Bréfritari: Þórarinn Stefánsson
Dagsetning: A-1925-12-02
Skrifað á: Vesturheimi

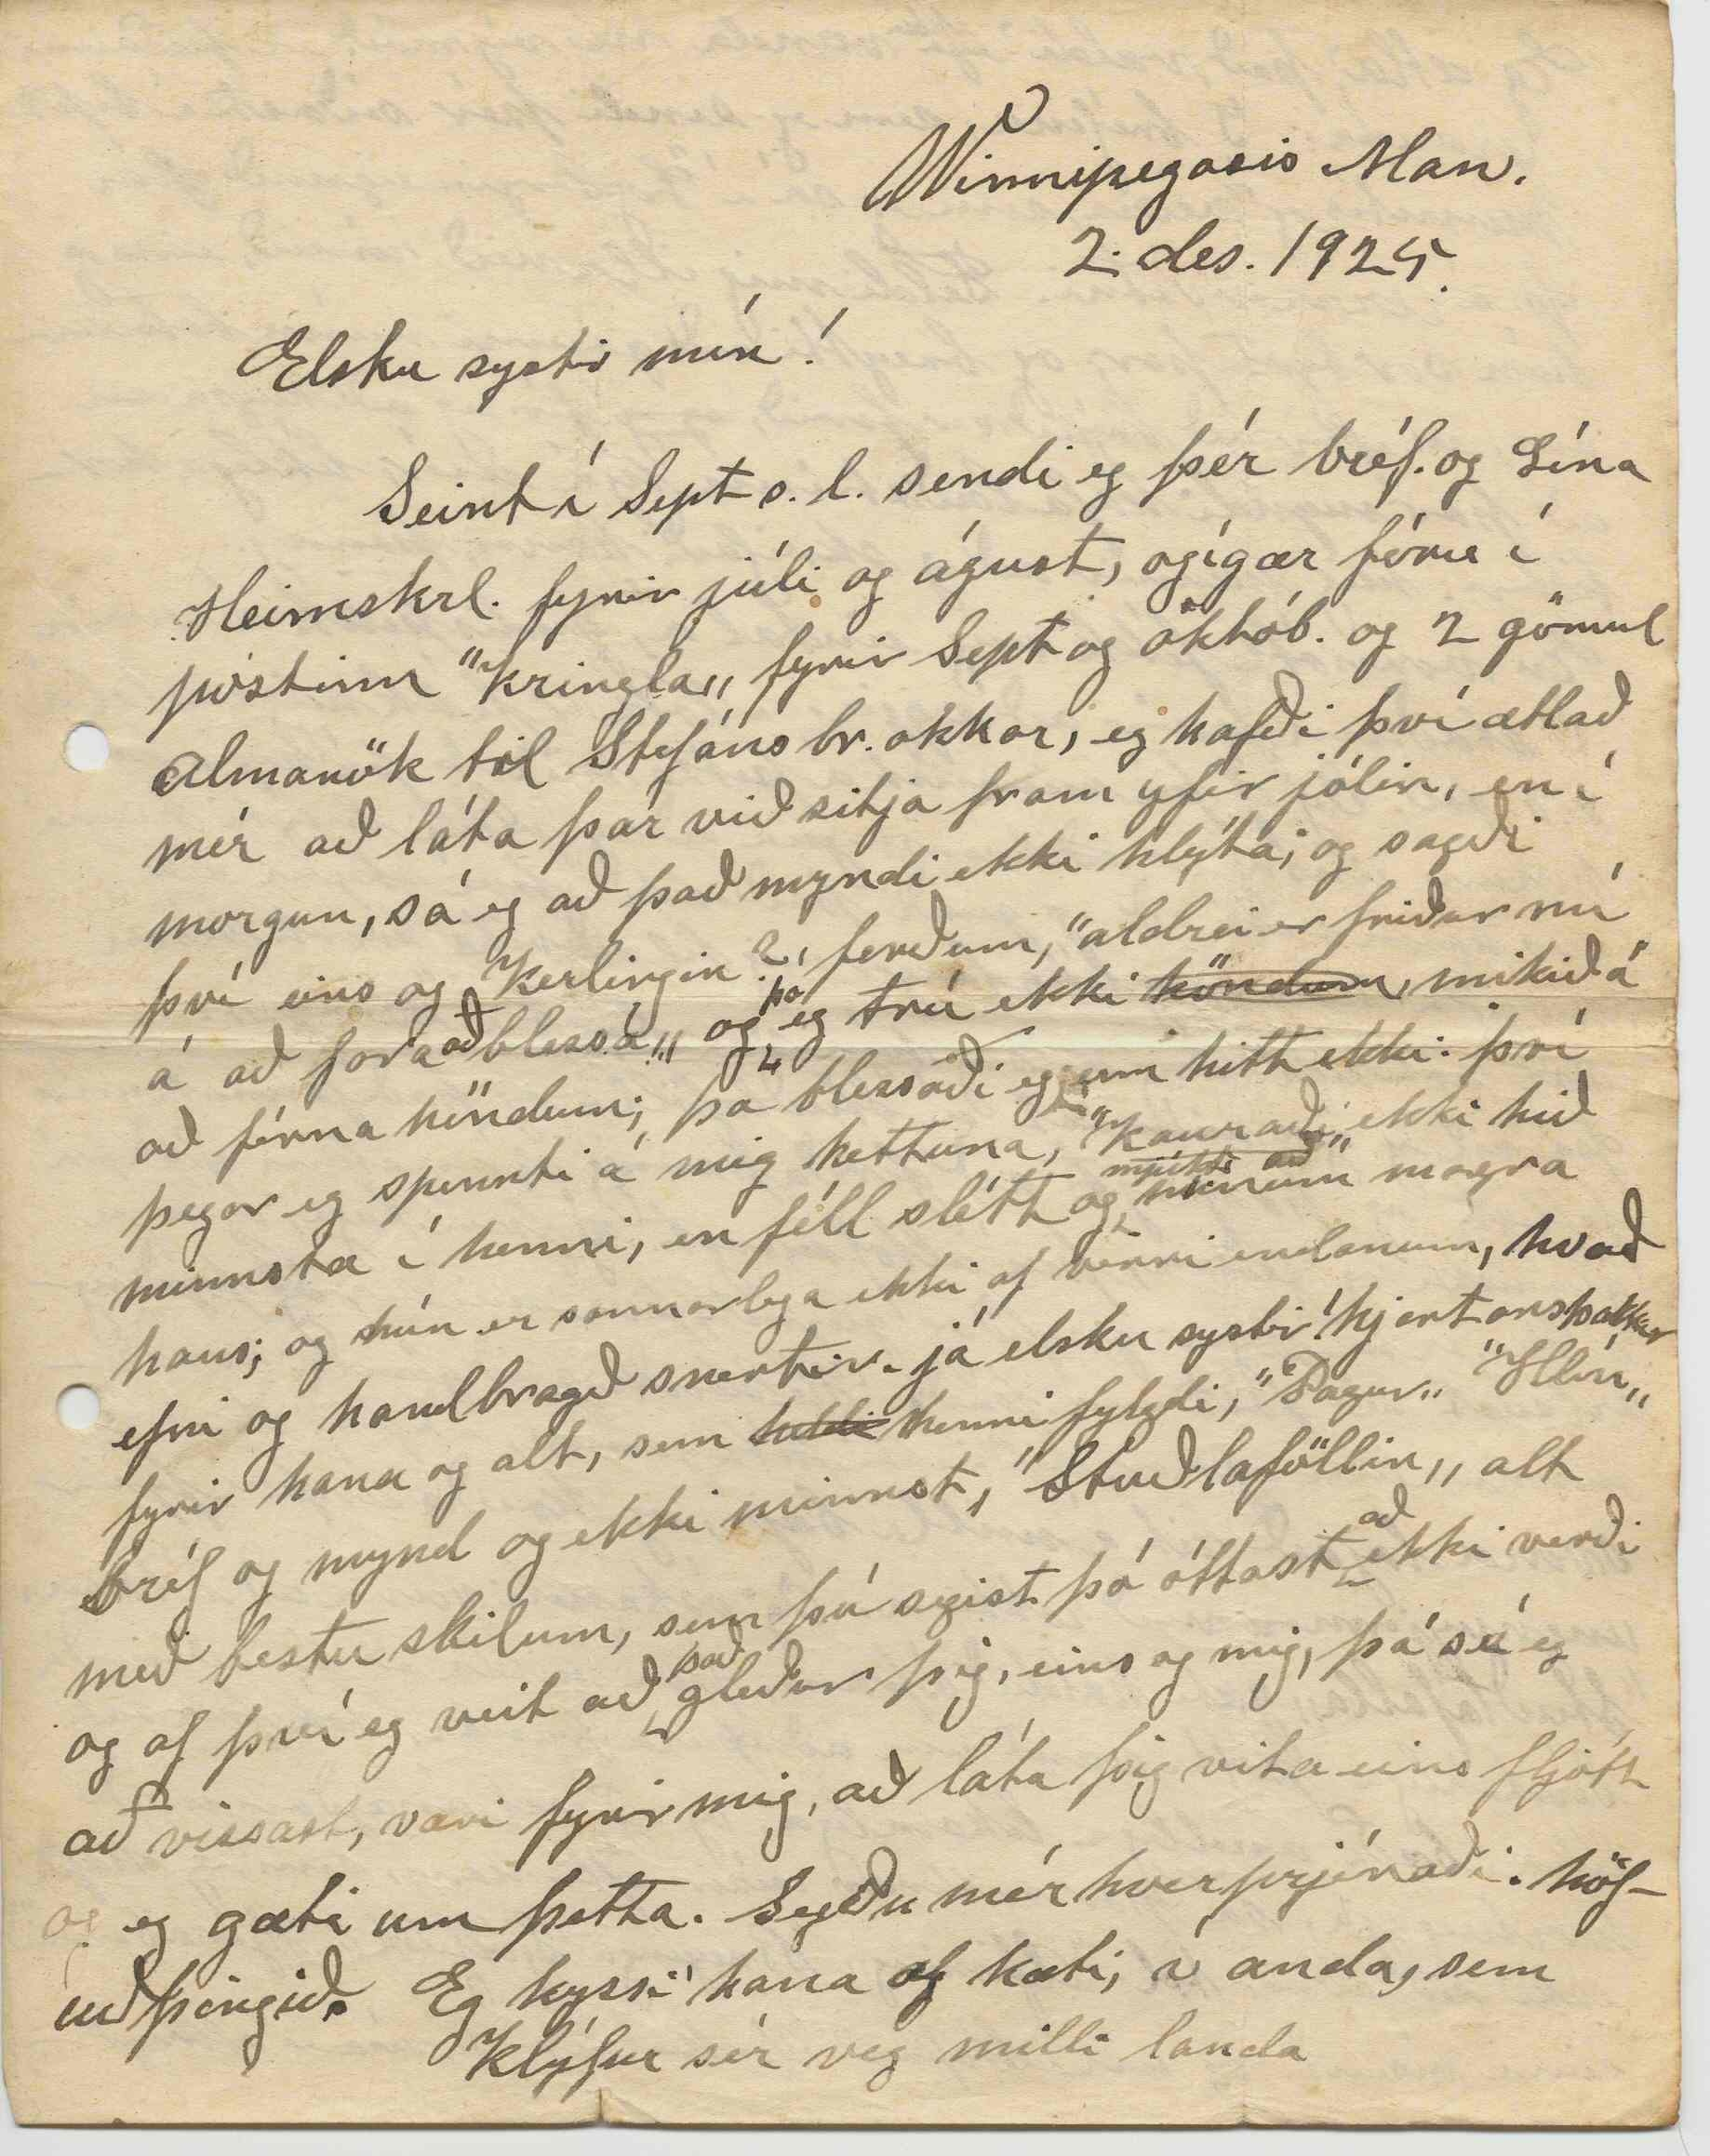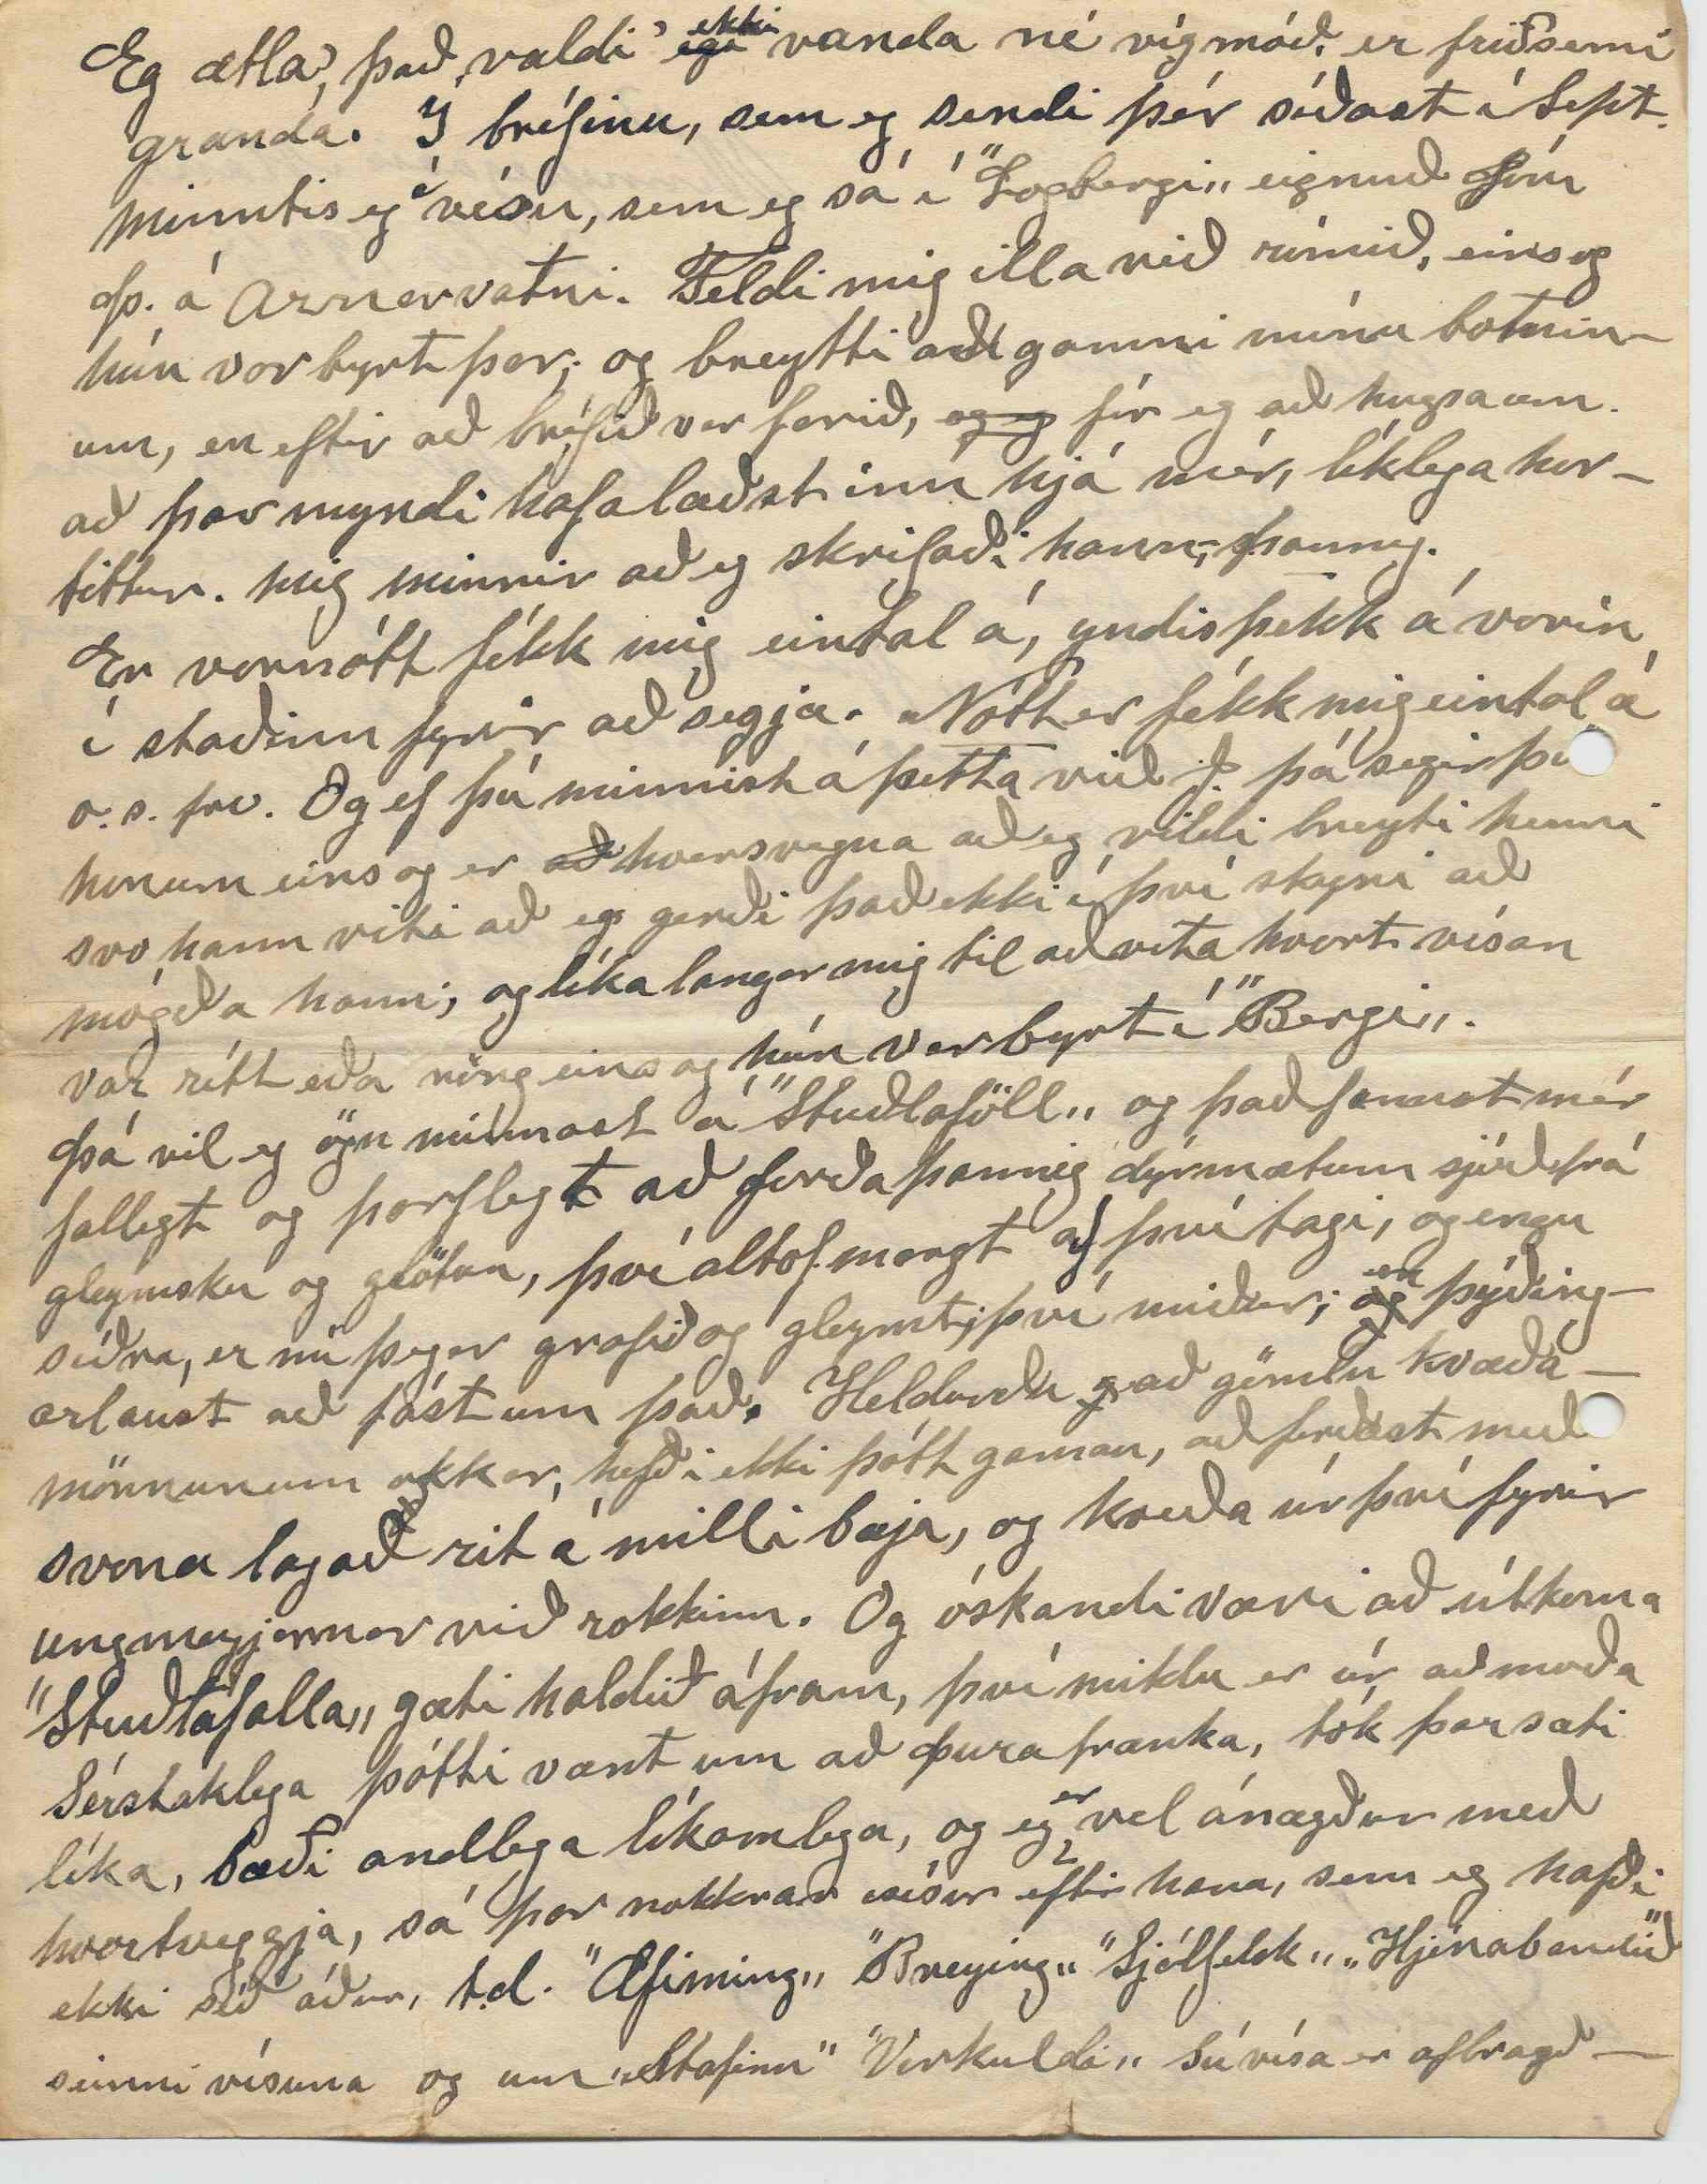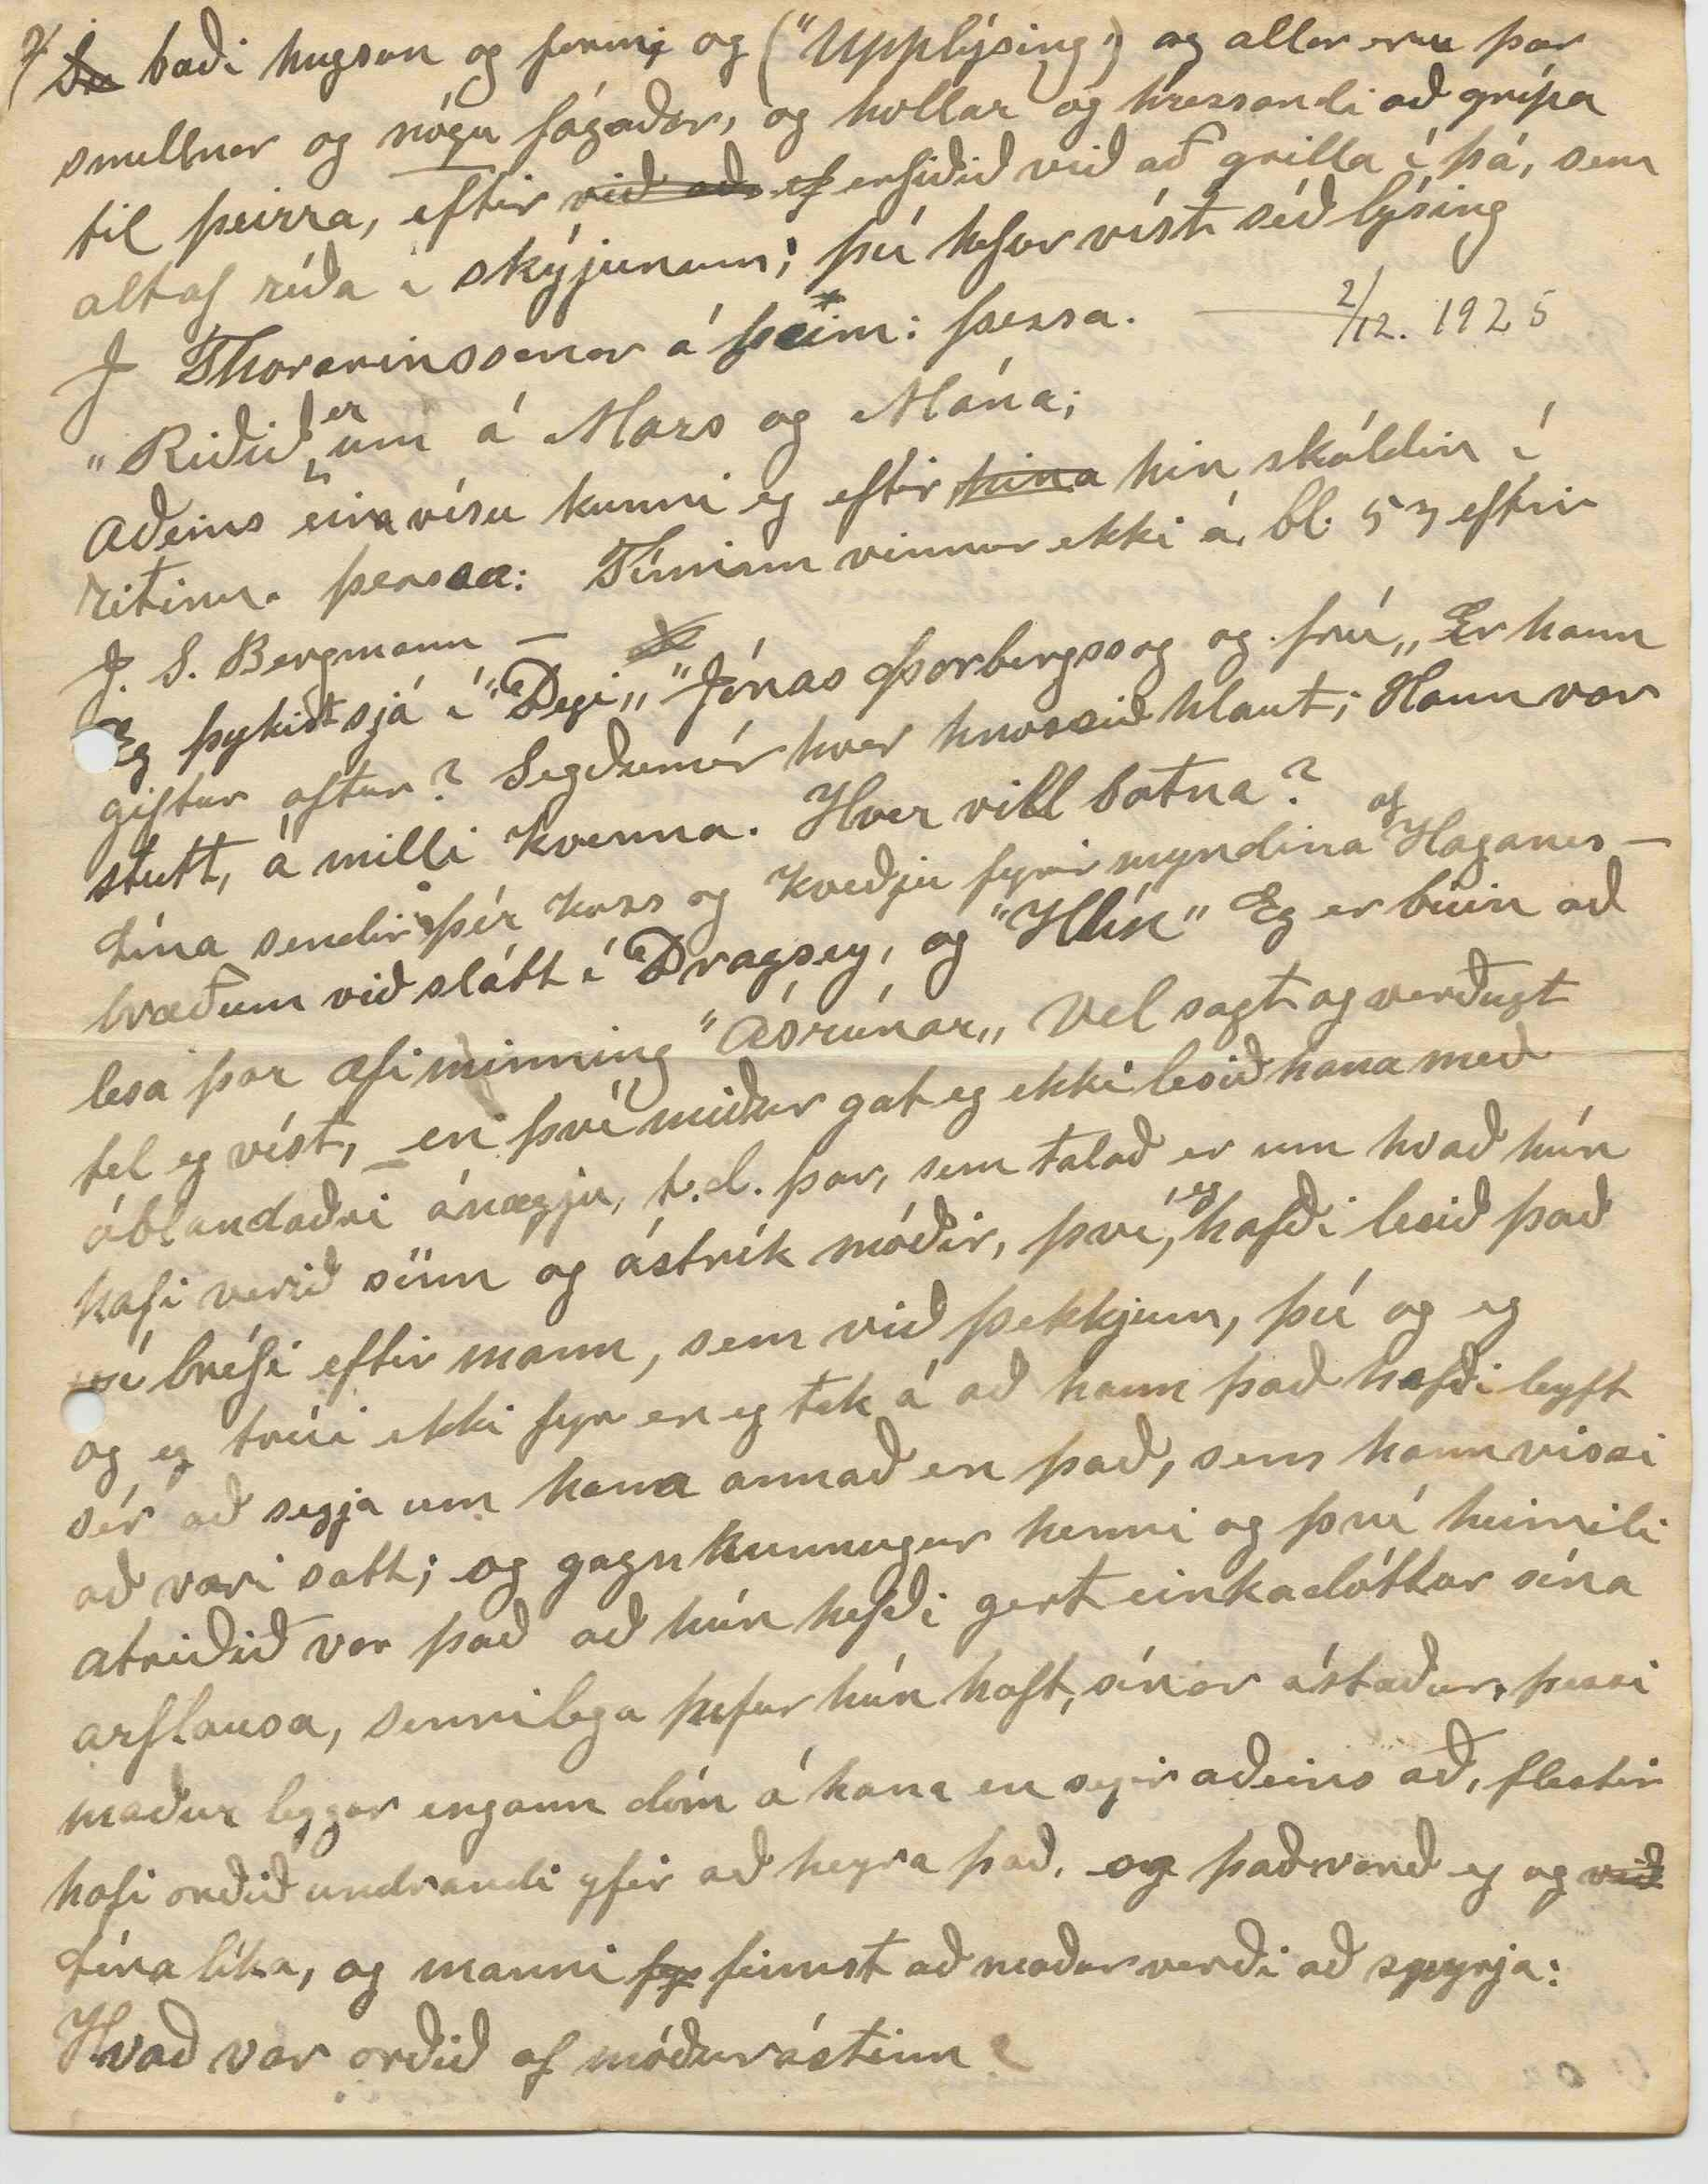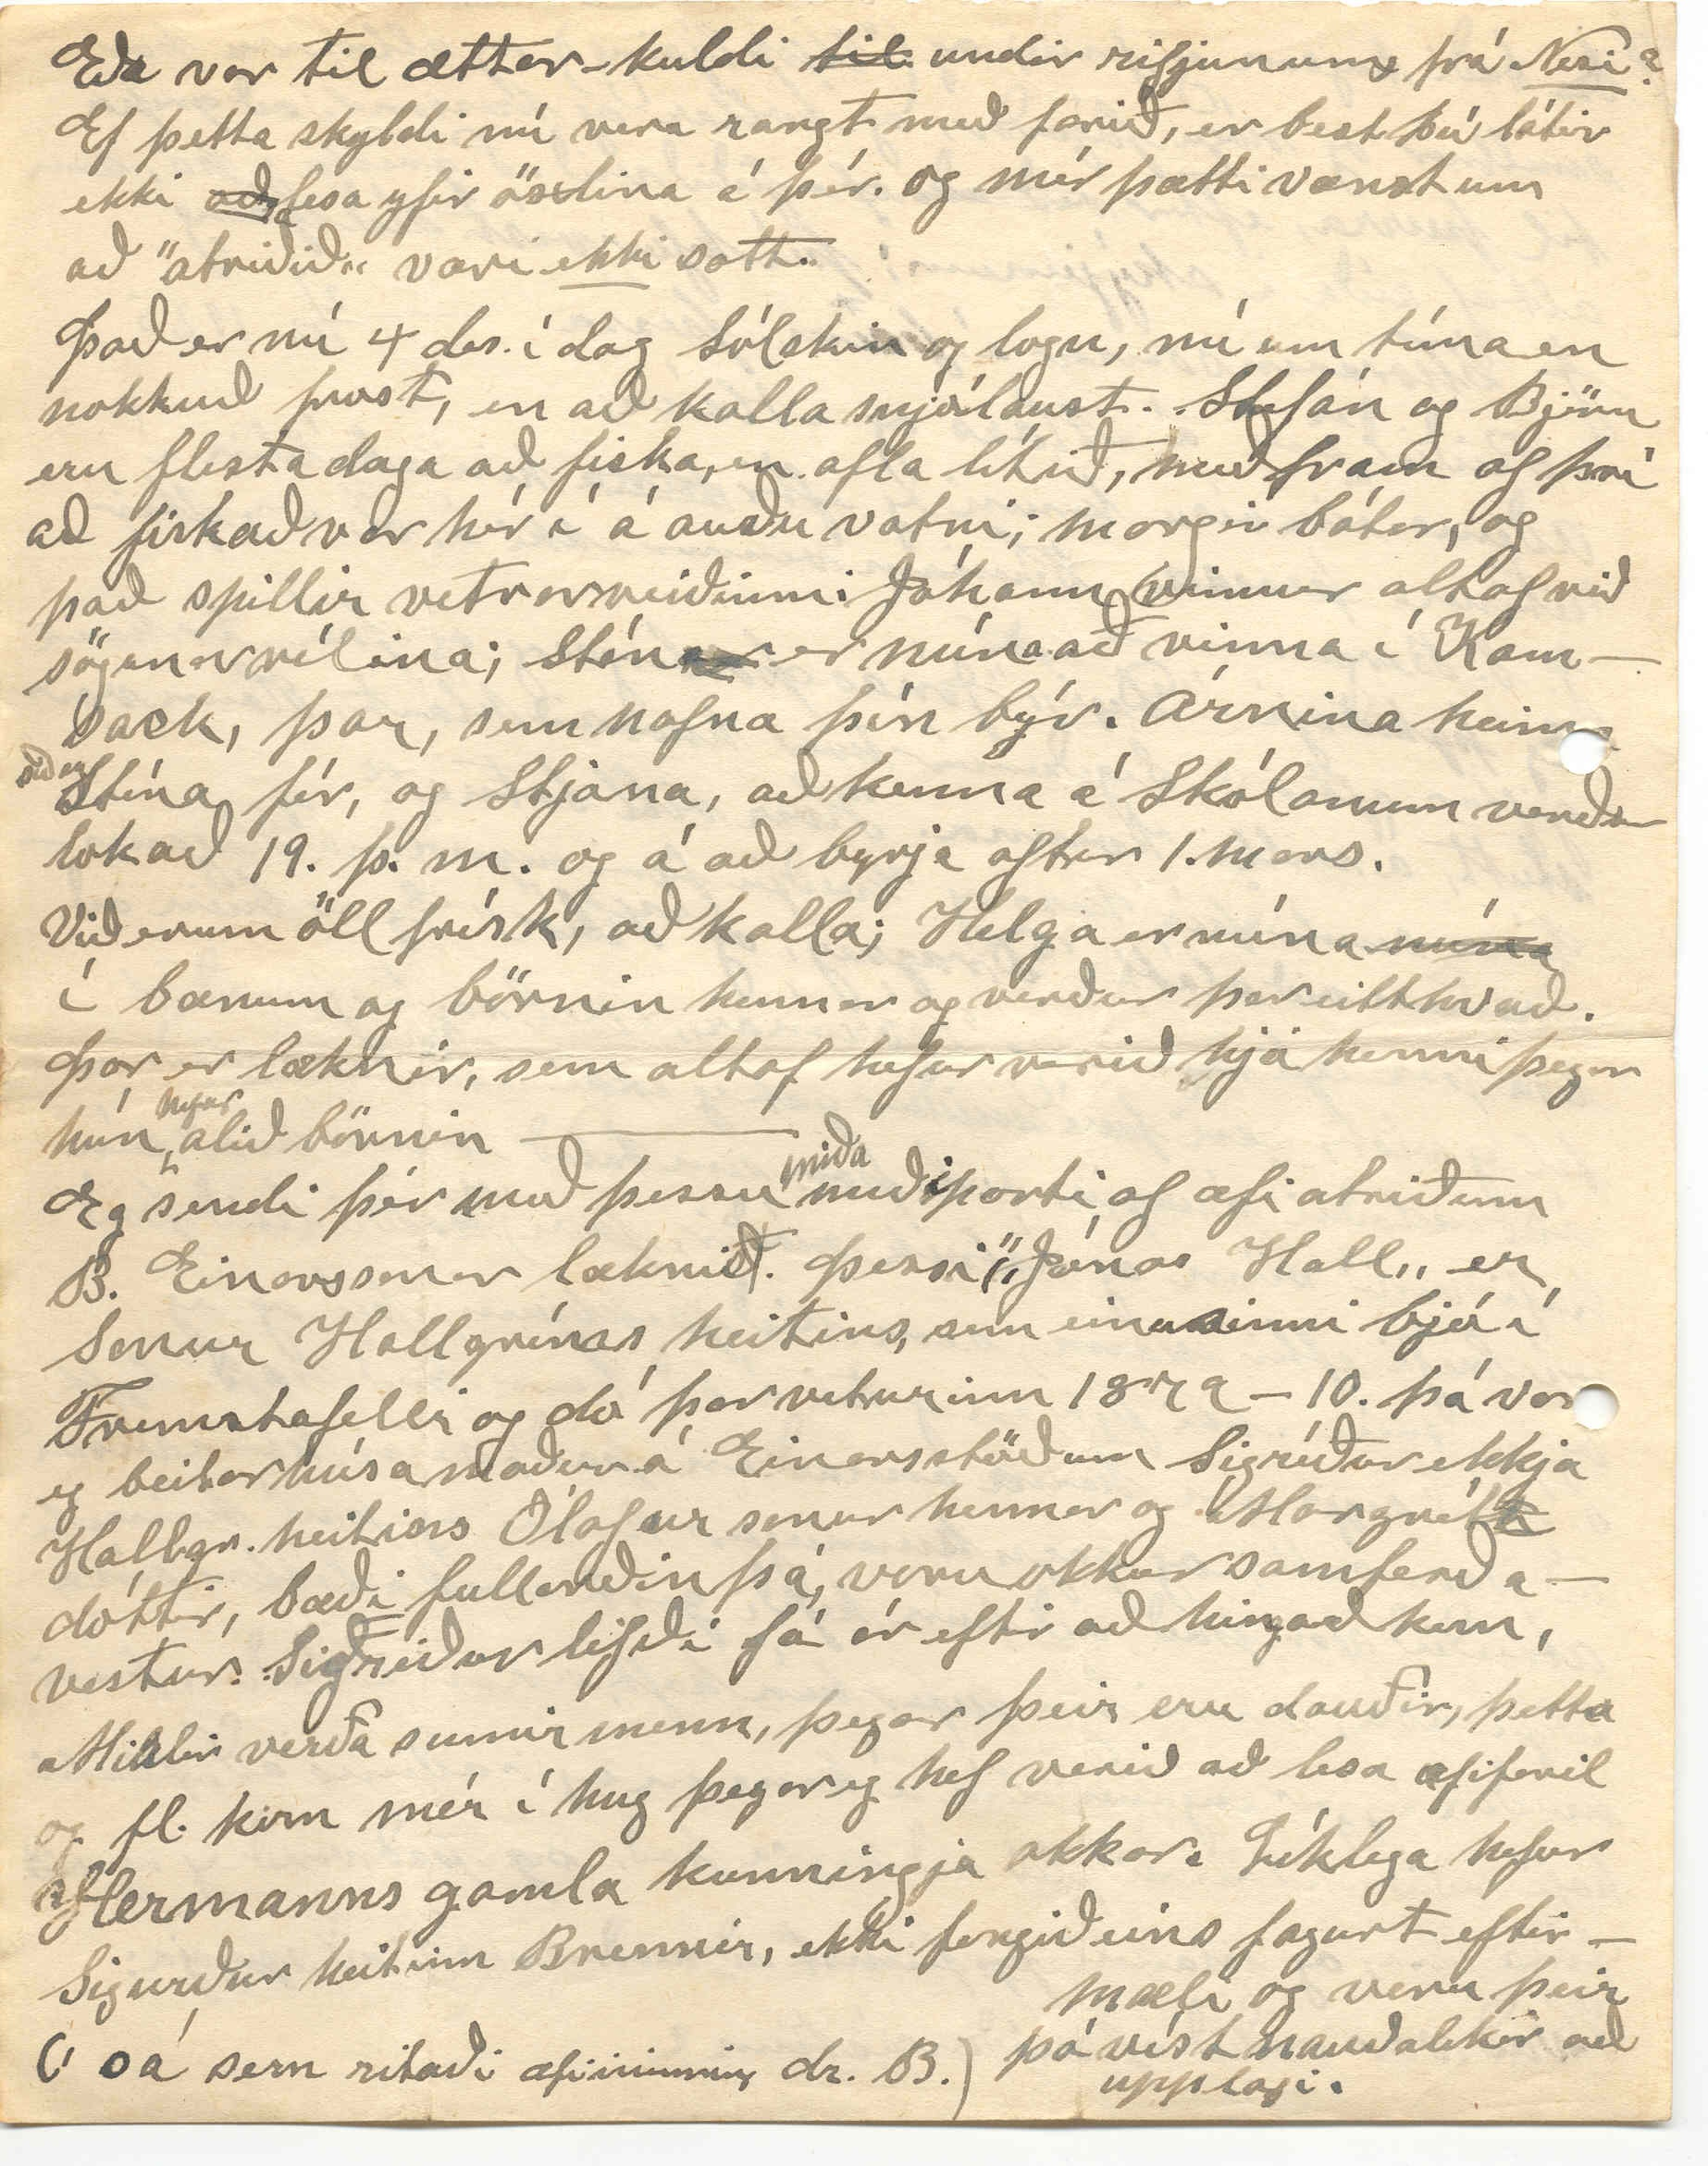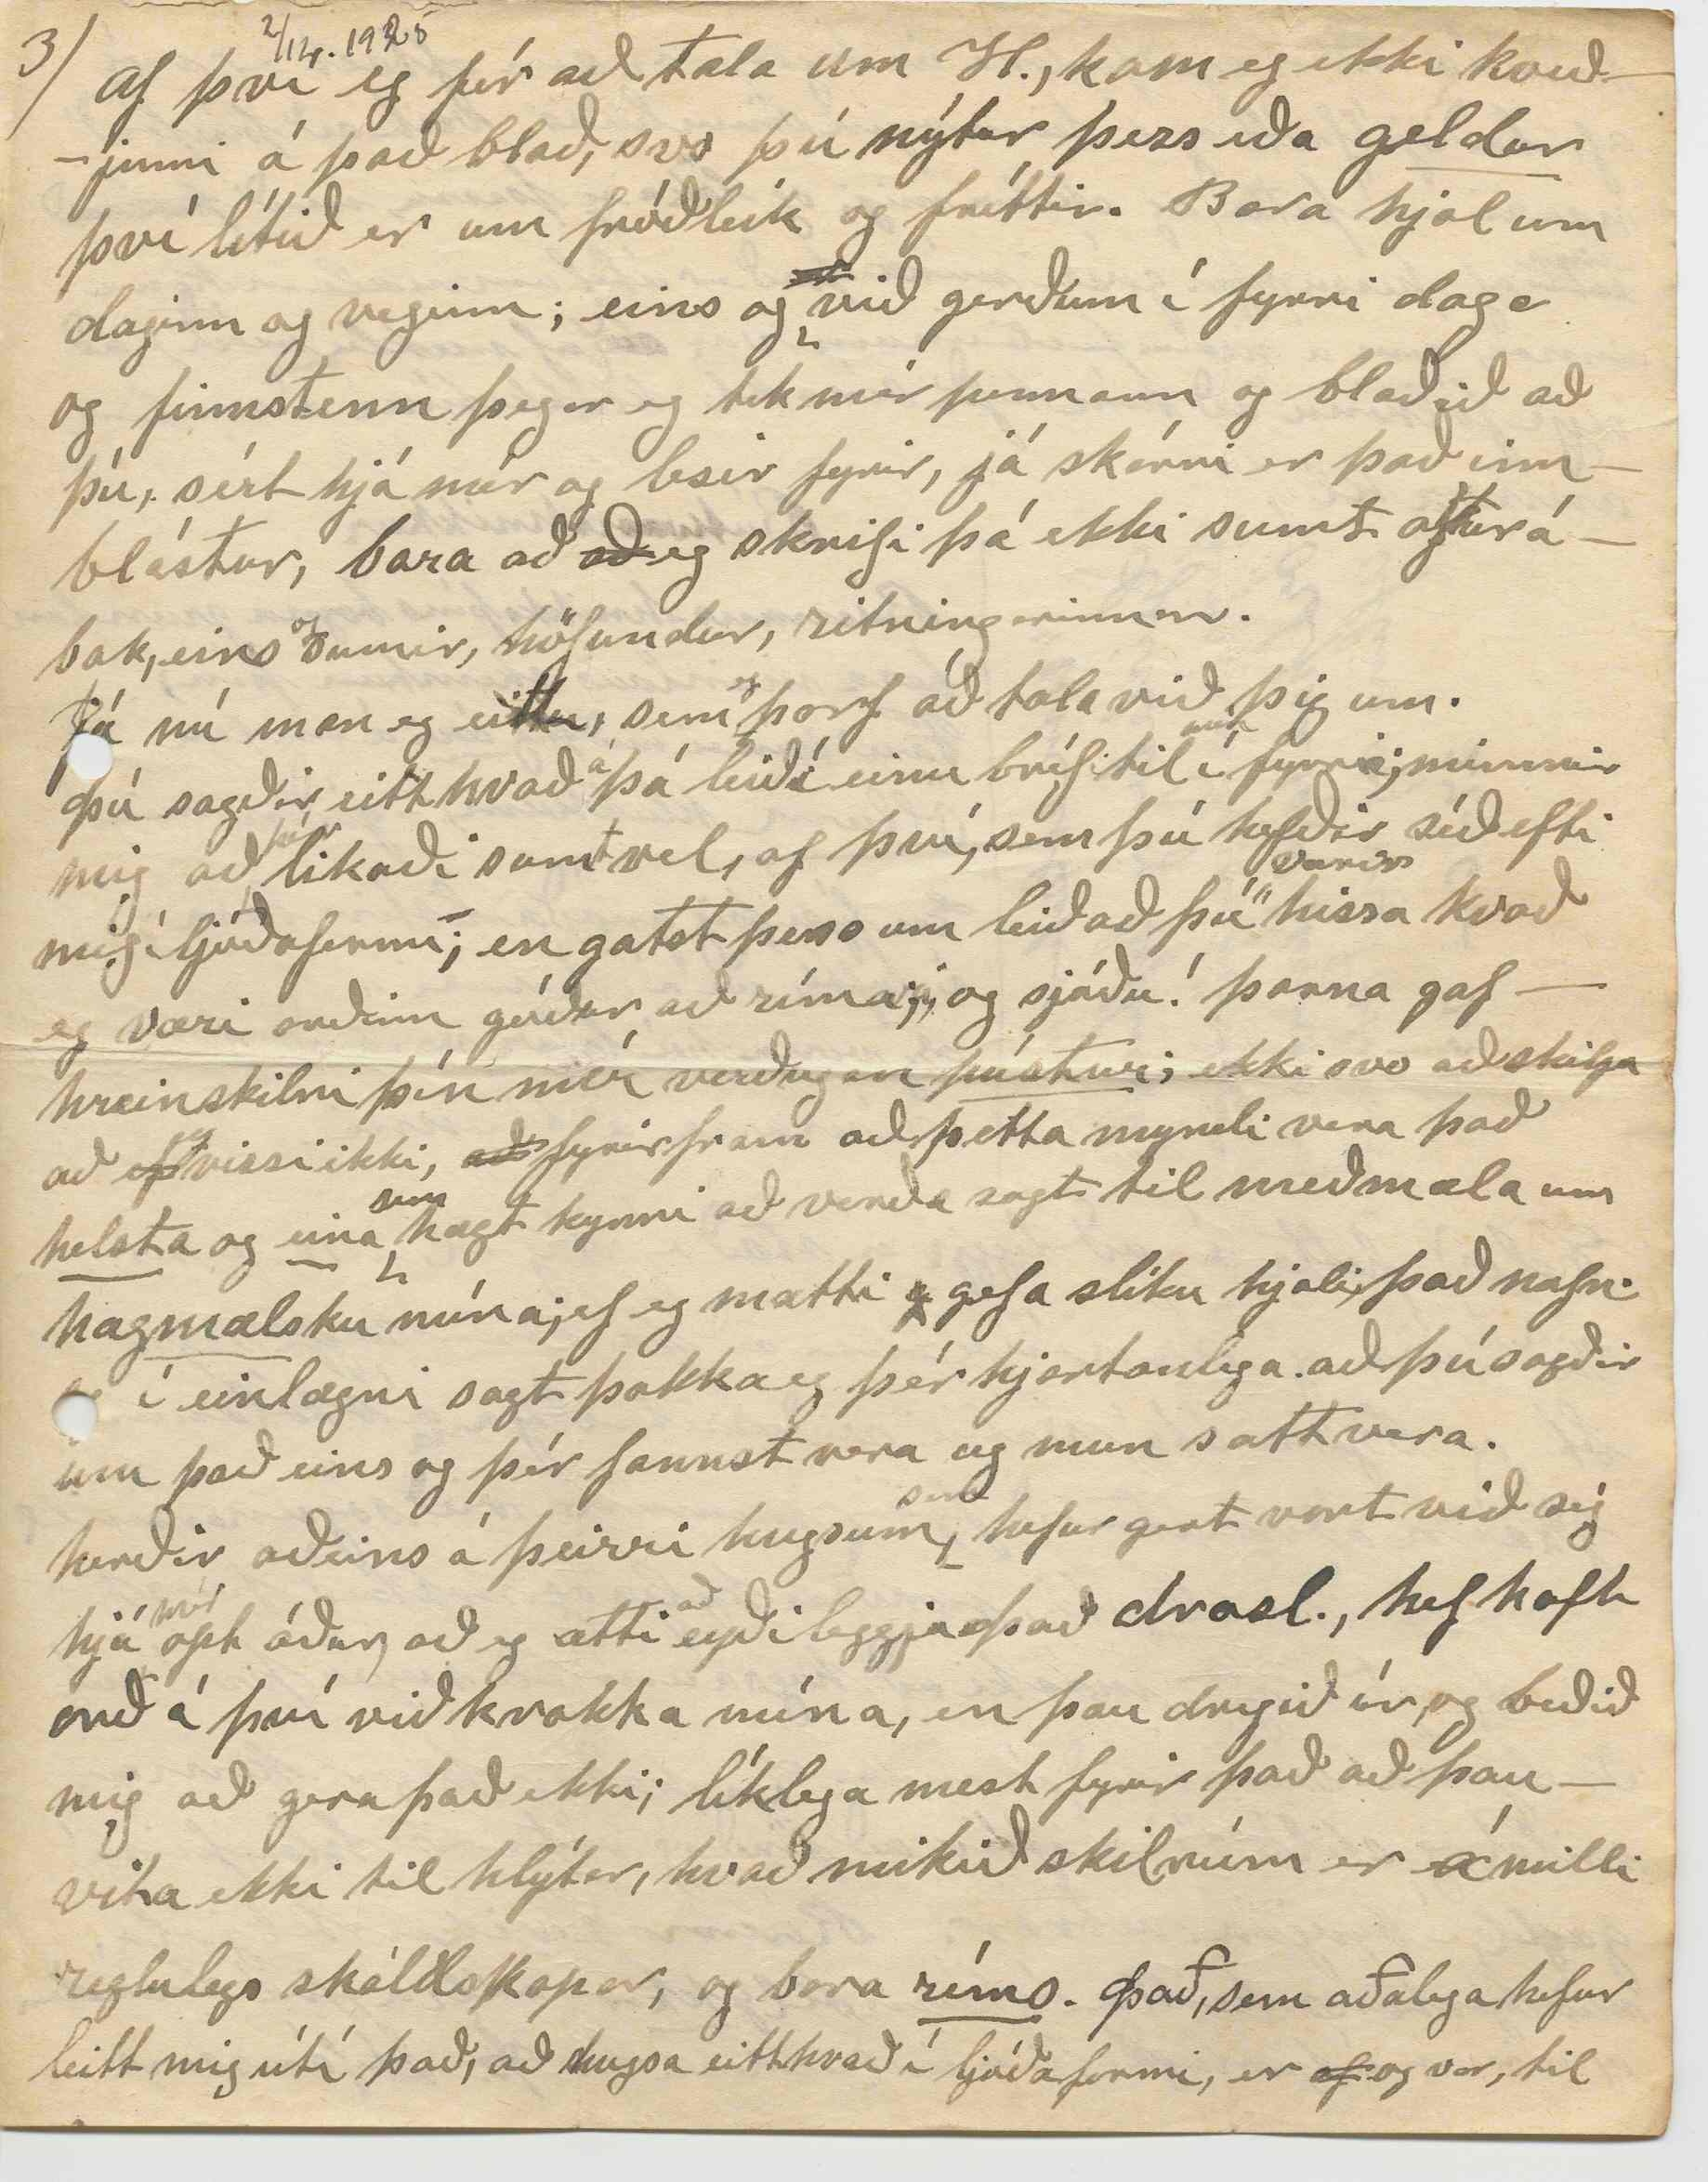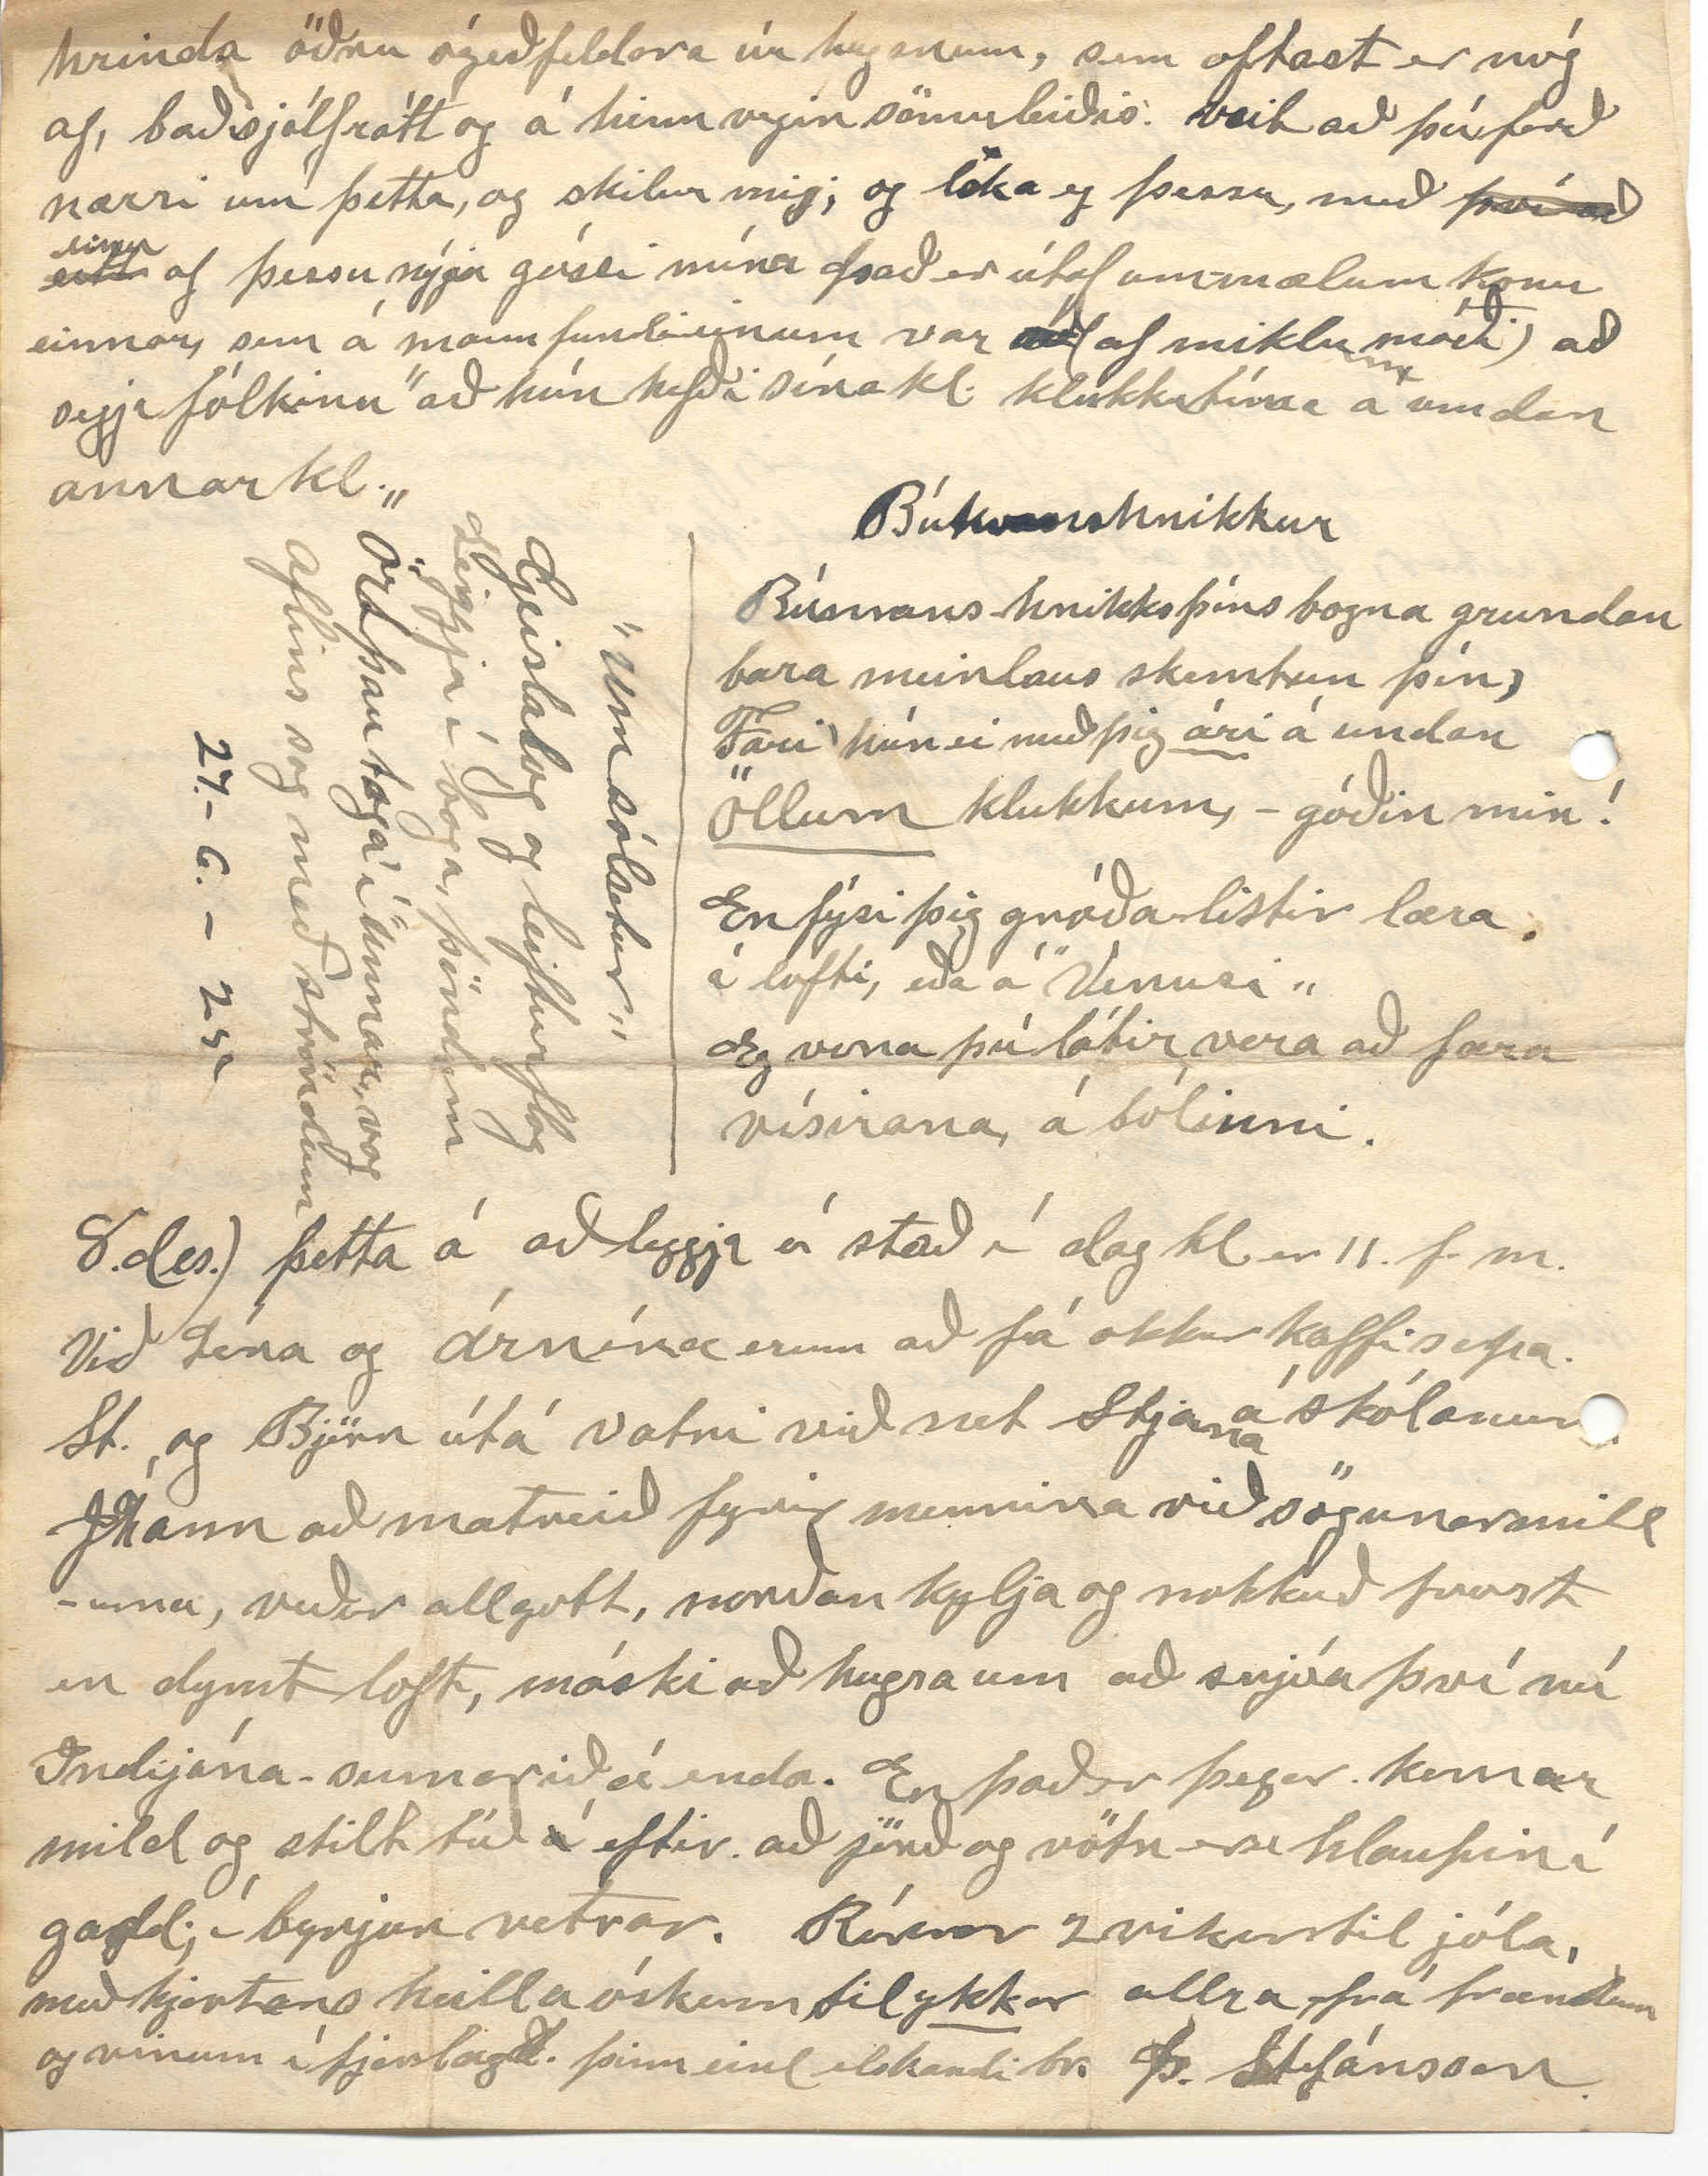

Winnipegosis Man.
2. des. 1925.
Elsku systir mín!
Seint í Sept s.l. sendi eg þér bréf. og Lína Heimskrl. fyrir júli og águst, og í gær fóru í póstinn ”kringla„ fyrir Sept og októb. og 2 gömul Almanök til Stefáns br. okkar, eg hafði því ætlað mér að láta þar við sitja fram yfir jólin, en í morgun, sá eg að það myndi ekki hlýta; og sagði því eins og kerlingin? forðum, ”aldrei er friður nú á að fara að blessa„ og
þó
eg trú ekki
höndum
mikið á að fórna höndum; þá blessaði eg enn hitt ekki. því þegar eg spennti á mig hettuna,
”kauraði„
ekki hið minnsta í henni, en féll slétt og
mjúkt að
hinum
magra haus; og hún er sannarlega ekki af verri endanum, hvað efni og handbragð snertir. já elsku systir! hjartans þakkir fyrir hana og alt, sem
heldi
henni fylgdi, ”Dagur„ ”Hlín„ bréf og mynd og ekki minnst, ”Stuðlaföllin„ alt með bestu skilum, sem þú segist þó óttast
að
ekki verði og af því eg veit að
það
gleður þig, eins og mig, þá sé eg að vissast, væri fyrir mig, að láta þig vita eins fljótt og eg gæti um þetta. Segðu mér hver prjónaði. höfuðþingið. Eg kyssi hana af kæti; í anda, sem klýfur sér veg milli landa
Eg ætla það valdi
eg
ekki vanda né vígmóð, er friðsemi granda. Í bréfinu, sem eg sendi þér síðast í Sept. minntis eg
á
vísu, sem eg sá í ”Logbergi„ eignuð
Jóni
Þ. á Arnarvatni. Feldi mig illa við rímið, eins og hún var byrt þar; og breytti að gamni mínu botninum, en eftir að bréfið var farið,
og eg
fór eg að hugsa um að þar myndi hafa læðst inn hjá mér, líklega hortittur. mig minnir að eg skrifaði hann, þannig. Er vornótt fékk mig eintal á, yndisþekk á vorin í staðinn fyrir að segja. Nótt er fékk mig eintal á o.s.frv. Og ef þú minnist á þetta við J. þá segir þú honum eins og er
að
hvers vegna að eg vildi breyti henni svo hann viti að eg gerði það ekki í því skyni að mógða hann; og líka langar mig til að vita hvort vísan var rétt eða röng eins og hún var byrt í ”Bergi„. Þá vil eg ögn minnast á ”Stuðlaföll„ og það fannst mér fallegt og þarflegt að forða þannig dýrmætum sjóð frá gleymsku og glötun, því altof margt af því tagi, og engu síðra, er nú þegar grafið og gleymt; því miður;
og
en þýðingarlaust að fást um það. Heldurðu
g
að gömlu kvæðamönnunum okkar, hefði ekki þótt gaman, að ferðast með svona lagað rit á milli bæja, og kveða úr því fyrir ungmeyjarnar við rokkinn. Og óskandi væri að útkoma ”Stuðlafalla„ gæti haldið áfram, því miklu er úr að moða Sérstaklega þótti vænt um að Þura frænka, tók þar sæti líka, bæði andlega líkamlega, og eg
er
vel ánægður með hvortveggja, sá þar nokkrar vísur eftir hana, sem eg hafði ekki séð áður, t.d. ”Æfiming„ ”Breying„
”Sjálftok„
”Hjónabandið„ seinni vísuna og um ”Stafinn„ ”Vorkuldi„ Sú vísa er afbragð
S0
bæði hugsun og form; og (”Upplýsing„) og allar eru þær smellnar og
nógu
fágaðar, og hollar og hressandi að grípa til þeirra, eftir
við að ef
erfiðið við að grilla í þá, sem altaf ríða í skýjunum; þú hefur víst séð lýsing J Thorarinssonar á þeim: þessa;
”Riðið„
er
um á Mars og Mána;
Aðeins eina vísu kunni eg eftir
hina
hin skáldin í ritinu. þerssa: Tíminn vinnur ekki á bl. 53 eftir J. S. Bergmann -
Eg þykist sjá í ”Degi„ ”Jónas Þorbergssog og frú„ Er hann giftur aftur? Segðu mér hver hnossið hlaut; Hann var stutt, á milli kvenna. Hver vill botna?
Lína sendir þér koss og kveðju fyrir myndina
af
Haganesbræðum við slátt í Dragsey, og ”Hlín„ Eg er búin að lesa þar æfiminning ”Ásrúnar„ vel sagt og verðugt tel eg víst, en því miður gat eg ekki lesið hana með óblandaðri ánægju, t.d. þar, sem talað er um hvað hún hafi verið sönn og ástrík móðir, því,
eg
hafði lesið það í bréfi eftir mann, sem við þekkjum, þú og eg og eg trúi ekki fyr en eg tek á að hann það hafði leyft sér að segja um hana annað en það, sem hann vissi að væri satt; og gagnkunnugur henni og því heimili atriðið var það að hún hefði gert einkadóttur sína arflausa, sennilega hefur hún haft, sínar ástæður, þessi maður leggur engann dóm á hana en segir aðeins að, flestir hafi orðið undrandi yfir að heyra það, og það verð eg og
við
Lína líka, og manni
fy
finnst að maður verði að spyrja: Hvað var orðið af móðurástinn?
Eða var til ættar-kuldi
til
undir rifjunum frá
Nesi
? Ef þetta skyldi nú vera rangt með farið, er best þú látir ekki
að
lesa yfir öxlina á þér. og mér þætti vænst um að ”atriðið„ væri
ekki
satt.
Það er nú 4 des. í dag Sólskin og logn, nú um tíma en nokkuð frost, en að kalla snjólaust. Stefán og Björn eru flesta daga að fiska, en afla lítið, með fram af því að fiskað var hér í á auðu vatni; margir bátar, og það spillir vetrarveiðinni Jóhann vinnur altaf við sögunarvélina; Stína er núna að vinna í Kansask, þar, sem nafna þín býr. Árnina heima
síðan
Stína fór, og Stjana, að kenna á Skólanum verður lokað 19. þ.m. og á að byrja aftur 1. mars.
Við erum öll frísk, að kalla; Helga er núna
núna
í bænum og börnin hennar og verður þar eitthvað. Þar er læknir, sem altaf hefur verið hjá henni þegar hún
hefur
alið börnin
Eg sendi þér með þessu
miða
meði parti af æfi atriðum B. Einarssonar læknis. Þessi
sá sem ritaði æfiminning dr. B.
”Jónas Hall„ er sonur Hallgríms heitins, sem einusinni bjó í Fremstafelli og dó þar veturinn 1879 - 10. þá var eg beitarhúsamaður á Einarsstöðum Sigríður ekkja Hallgr. heitins Ólafur sonur hennar og Margrét
t
dóttir, bæði fullorðin þá, voru okkur samferða vestur. Sigriður lifði fá ár eftir að hingað kom, Miklir verða sumir menn, þegar þeir eru dauðir, þetta og fl. kom mér í hug þegar eg hef verið að lesa æfiferil Hermanns gamla kunningja okkar. Líklega hefur Sigurður heitinn Brennir, ekki fengið eins fagurt eftirmæli og voru þeir þó víst nauðalíkir að upplagi.
af því eg fór að tala um H., kom eg ekki kveðjunni á það blað, svo þú nýtur þess eða
geldur
því lítið er um fróðleik og fréttir. Bara hjal um daginn og veginn; eins og við gerðum í fyrri daga og finnst enn þegar eg tek mér pennann og blaðið að þú, sért hjá mér og lesir fyrir, já skárri er það innblástur, bara að
að
eg skrifi þá ekki sumt afturábak, eins
og
sumir, höfundar, ritningarinnar.
já nú man eg ei
00
tt, sem
eg
þarf að tala við þig um. Þú sagðir eitthvað
á
þá leið í einu bréfi til
mín
í fyrra; minnir mig að
þér
likaði sumt vel, af því, sem þú hefðir séð efti mig í ljóðaformi; en gatst þess um leið að þú
værir
hissa kvað eg væri orðinn góður að ríma; og sjáðu! þarna gaf hreinskilni þín mér verðugan
pústur
; ekki svo að skilja að
ef
eg vissi ikki,
að
fyrirfram að þetta myndi vera það
helsta
og
eina
sem
hægt kynni að verða sagt til meðmæla um
hagmælsku
mína; ef eg mætti gefa slíku hjali, það nafn.
og
í einlægni sagt þakka eg þér hjartanlega að þú sagðir um það eins og þér fannst vera og mun satt vera. herðir aðeins á þeirri hugsun
sem
hefur gert vart við sig hjá
mér
opt áður, að eg ætti
að
eyðileggja það drasl, hef haft orð á því við krakka mína, en þau dregið úr, og beðið mig að gera það ekki; líklega mest fyrir það að þau vita ekki til hlýtar, hvað mikið skilrúm er á milli reglulegs skáldskapar, og bara
ríms
. Það, sem aðalega hefur leitt mig útí það, að hugsa eitthvað í ljóðaformi, er
af
og var, til
hrinda öðru ógeðfeldara úr huganum, sem oftast er nóg af, bæði sjálfrátt og á hinn vegin sömuleiðis. veit að þú ferð nærri um þetta, og skilur mig; og loka eg þessu, með
því að eitt
einu af þessu nýja góssi mínu Það er útaf ummælum konu einnar, sem á mann fundi einum var
00
(af miklum móði) að segja fólkinu ”að hún hefði sína kl. klukkutíma á undan annar kl.„
Búk0000hnikkur
Búmans-hnikks þíns bogna grundan
bara meinlaus skemtun þín)
Fari' hún ei með þig
ári
á undan
öllum
klukkum, - góðin min!
En fýsi þig gróða listir læra.
á lofti, eða á ”Venusi„
Eg vona þú látir vera að færa
vísirana, á sólinni.
”um sólsetur„
Geislalog og leifturflog
Liggja í boga, þöndum
ört þau toga' í ”unnar„ vog
aflins sog með ströndum
27. - 6. - 25
8. des.) þetta á að leggja á stað í dag kl. er 11. f.m. Við Lína og Árnína erum að fá okkur kaffisopa. St. og Björn útá vatni við net Stjana á skólanum Jóhann að matreið fyrir mennina við sögunarmilluna, veður allgott, norðan kylja og nokkuð frost en dymt loft, máski að hugsa um að snjóa því nú Indijána-sumarið á enda. En það er þegar kemur mild og stilt tíð
á
eftir að jörð og vötn eru hlaupin í gadd; í byrjun vetrar. Rúmar 2 vikur til jóla, með hjartans heilla óskum til
ykkar
allra frá frændum og vinum í fjarlægð. þinn einl elskandi br. Þ. Stefánsson